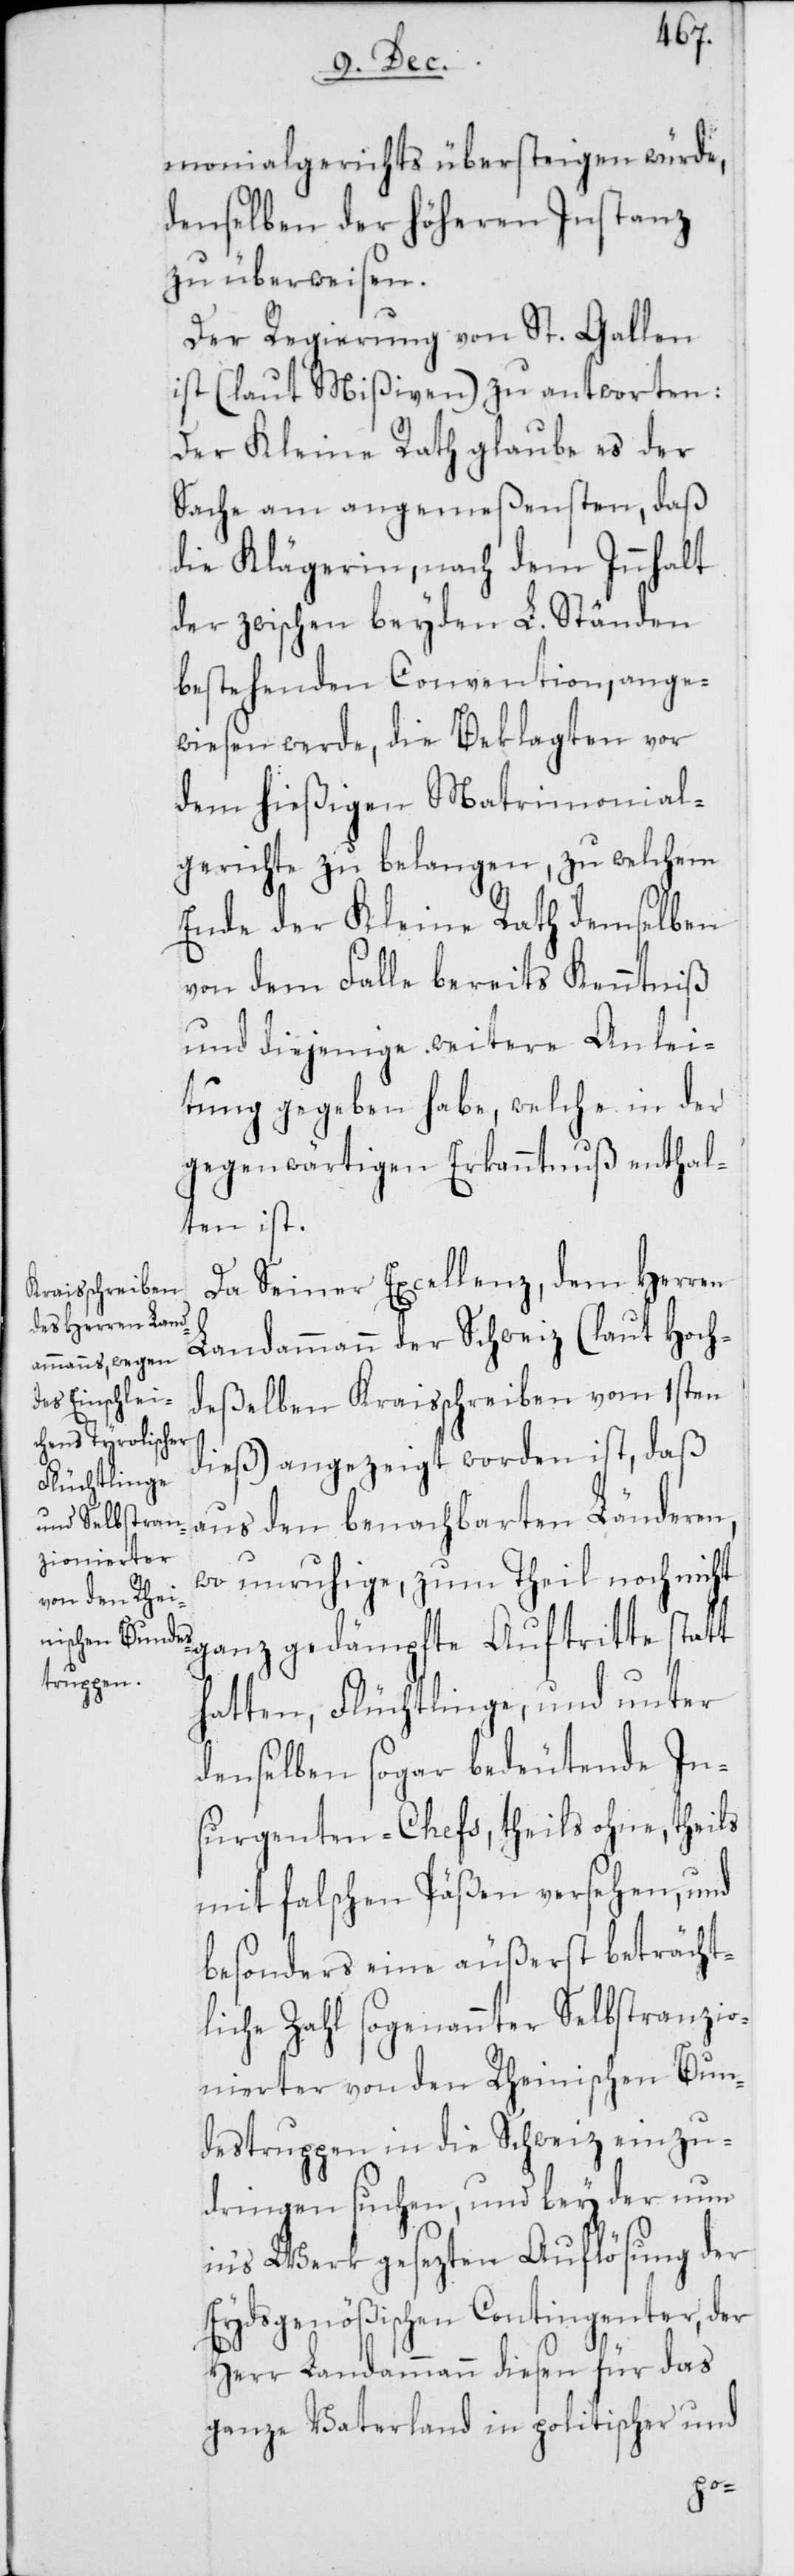
monialgerichts übersteigen würde,
denselben der höheren Instanz
zu überweisen.
Der Regierung von St. Gallen
ist (laut Mißiven) zu antworten:
Der Kleine Rath glaube es der
Sache am angemeßensten, daß
die Klägerin, nach dem Innhalt
der zwischen beyden L. Ständen
bestehenden Convention, ange¬
wiesen werde, die Beklagten vor
dem hießigen Matrimonial¬
gerichte zu belangen, zu welchem
Ende der Kleine Rath demselben
von dem Falle bereits Kenntniß
und diejenige weitere Anlei¬
tung gegeben habe, welche in der
gegenwärtigen Erkanntnuß enthal¬
ten ist.
Da Seiner Excellenz, dem Herren
Landammann der Schweiz (laut Hoch¬
deßelben Kraisschreiben vom 1sten
dieß) angezeigt worden ist, daß
aus den benachbarten Länderen,
wo unruhige, zum Theil noch
nicht ganz gedämpfte Auftritte statt
hatten, Flüchtlinge, und unter
denselben sogar bedeutende In¬
surgenten-Chefs, theils ohne, theils
mit falschen Päßen versehen, und
besonders eine äußerst beträcht¬
liche Zahl sogenannter Selbstranzio¬
nierter von den Rheinischen Bun¬
destruppen in die Schweiz einzu¬
dringen suchen, und bey der nun
in‘s Werk gesezten Auflösung der
Eydsgenößischen Contingenter, der
Herr Landammann diesen für das
ganze Vaterland in politischer und